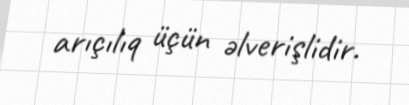
arıçılıq üçün əlverişlidir.